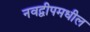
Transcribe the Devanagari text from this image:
नवद्वीपमधील